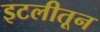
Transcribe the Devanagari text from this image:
इटलीतून